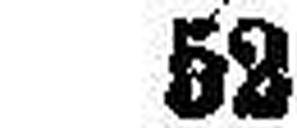
52